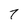
Character: 7